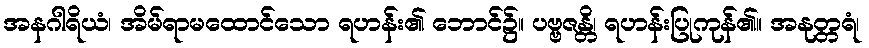
အနဂါရိယံ၊ အိမ်ရာမထောင်သော ရဟန်း၏ ဘောင်၌။ ပဗ္ဗဇန္တိ၊ ရဟန်းပြုကုန်၏။ အနုတ္တရံ၊